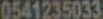
0541235033